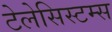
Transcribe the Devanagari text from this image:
टेलेसिस्टम्स